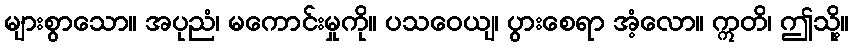
များစွာသော။ အပုညံ၊ မကောင်းမှုကို။ ပသဝေယျ၊ ပွားစေရာ အံ့လော။ ဣတိ၊ ဤသို့။